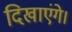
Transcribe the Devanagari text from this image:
दिखाएंगे।